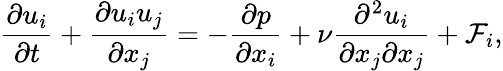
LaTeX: \frac{\partial u_{i}}{\partial t}+\frac{\partial u_{i}u_{j}}{\partial x_{j}}=-\frac{\partial p}{\partial x_{i}}+\nu\frac{\partial^{2}u_{i}}{\partial x_{j}\partial x_{j}}+\mathcal{F}_{i},